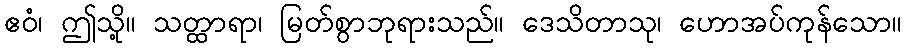
ဧဝံ၊ ဤသို့။ သတ္ထာရာ၊ မြတ်စွာဘုရားသည်။ ဒေသိတာသု၊ ဟောအပ်ကုန်သော။